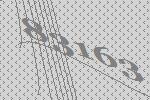
83163